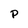
Character: P